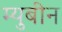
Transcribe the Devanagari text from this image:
म्युबीन